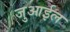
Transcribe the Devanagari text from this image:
जुआईल